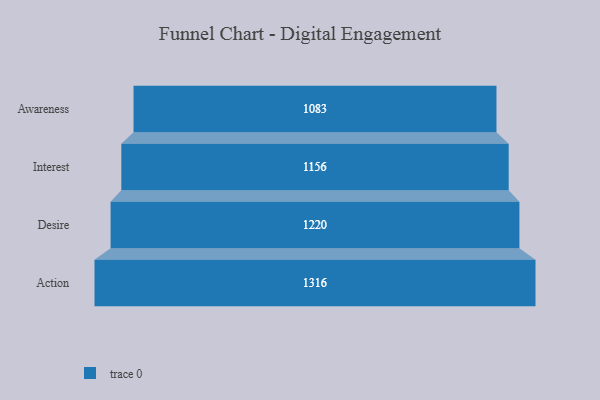
{"axis": {"x": "Stage", "y": "Value"}, "legend": [""], "data": [{"x": "Awareness", "y": 1083.0, "type": ""}, {"x": "Interest", "y": 1156.0, "type": ""}, {"x": "Desire", "y": 1220.0, "type": ""}, {"x": "Action", "y": 1316.0, "type": ""}]}